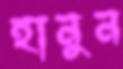
হানুন